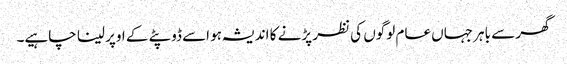
گھر سے باہر جہاں عام لوگوں کی نظر پڑنے کا اندیشہ ہو اسے ڈوپٹے کے اوپر لینا چاہیے۔